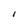
Character: I